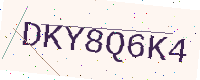
Text: DKY8Q6K4